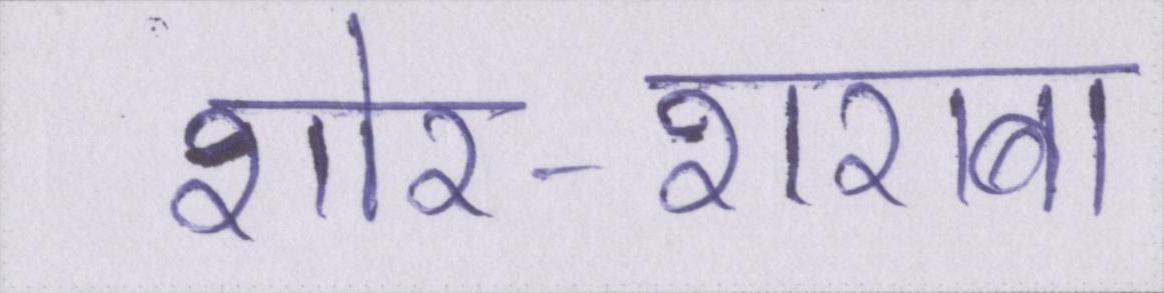
शोर-शराबा